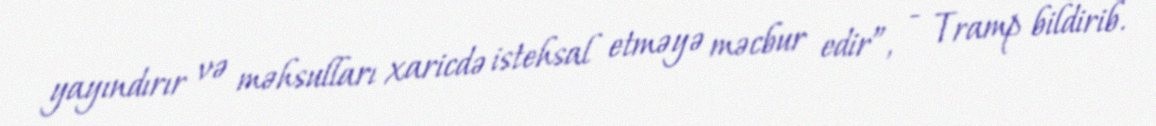
yayındırır və məhsulları xaricdə istehsal etməyə məcbur edir”, - Tramp bildirib.